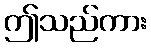
ဤသည်ကား